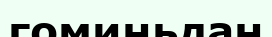
гоминьдан